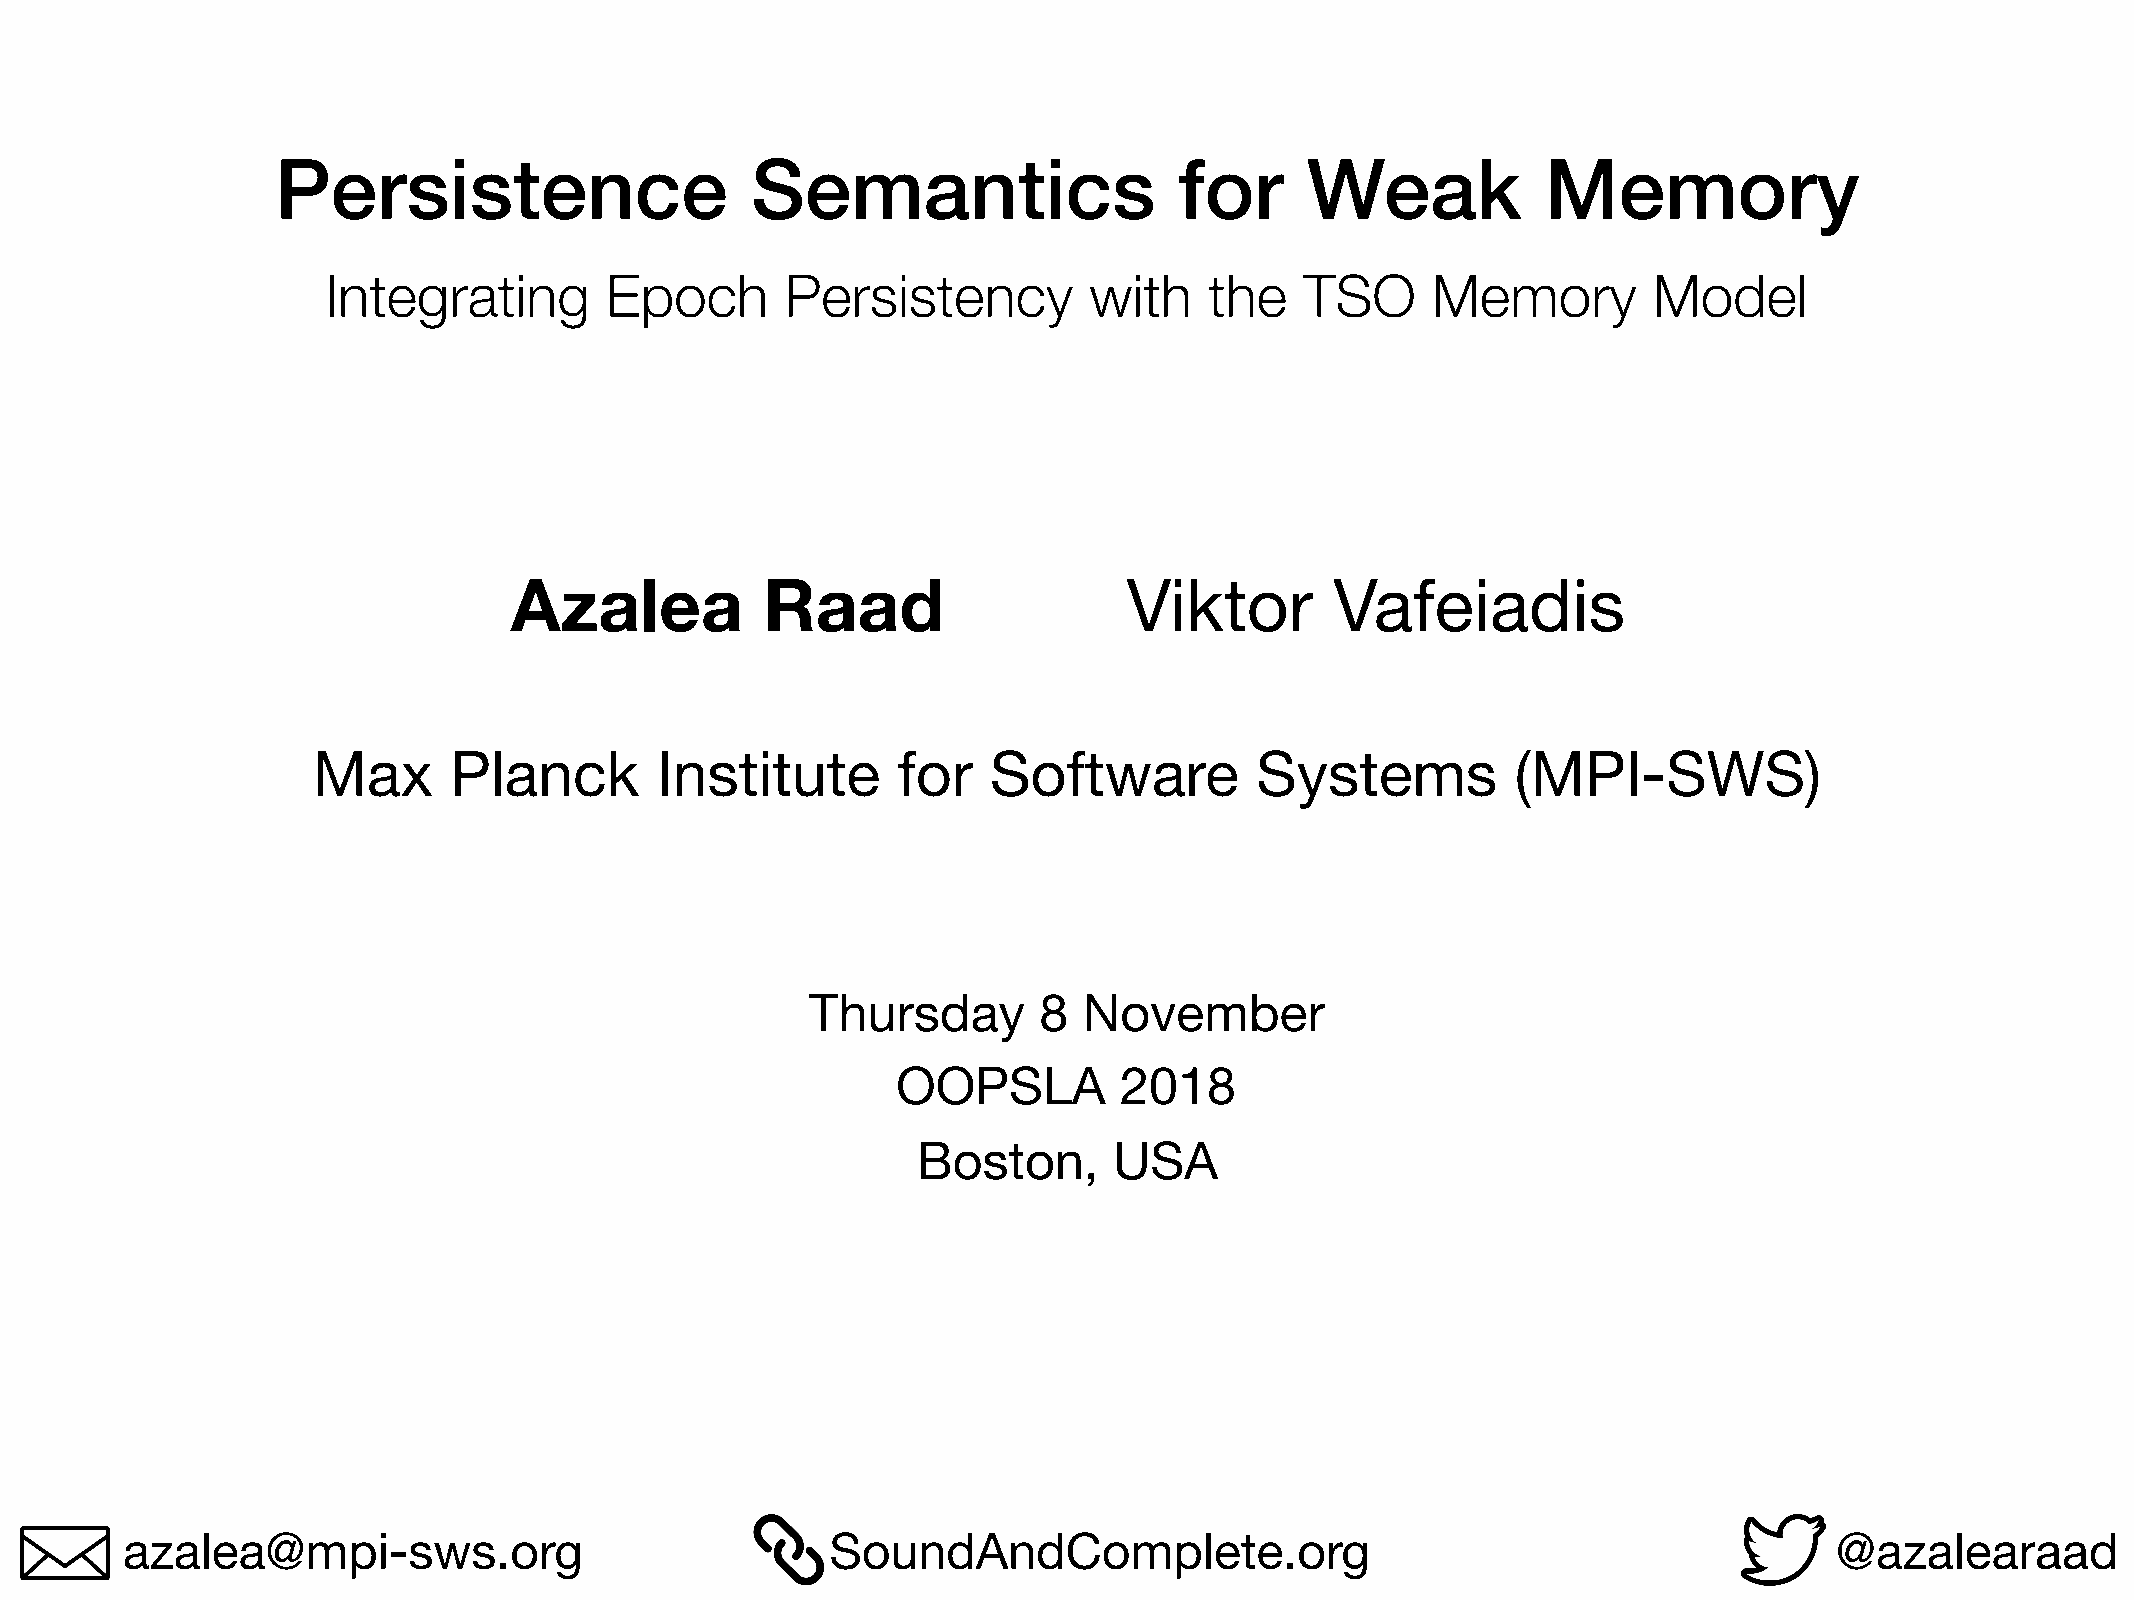
Persistence                     Semantics                   for     Weak            Memory
 Integrating       Epoch       Persistency         with    the   TSO      Memory        Model
 Azalea           Raad                    Viktor       Vafeiadis
 Max      Planck       Institute       for    Software         Systems          (MPI-SWS)
 Thursday       8  November
 OOPSLA         2018
 Boston,      USA
 azalea@mpi-sws.org                             SoundAndComplete.org                                               @azalearaad